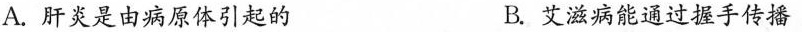
A.肝炎是由病原体引起的 B.艾滋病能通过握手传播